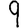
Digit: 9